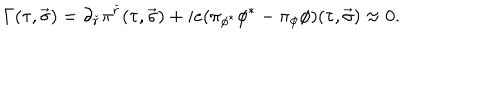
LaTeX: \Gamma ( \tau , \vec { \sigma } ) = \partial _ { \check { r } } \pi ^ { \check { r } } ( \tau , \vec { \sigma } ) + i e ( \pi _ { \phi ^ { * } } \phi ^ { * } - \pi _ { \phi } \phi ) ( \tau , \vec { \sigma } ) \approx 0 .